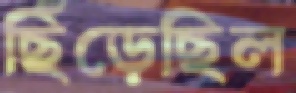
ছিঁড়েছিল